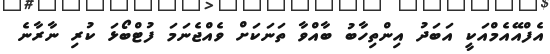
އެފްއޭއެމްއަކީ އަބަދު އިންތިހާބު ބާއްވާ ތަނަކަށް ވެއްޖެނަމަ ފުޓްބޯޅަ ކުރި ނާރާނެ